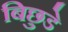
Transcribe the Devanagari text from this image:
बिछुडे